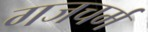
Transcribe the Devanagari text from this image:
गजचर्म